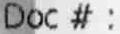
DOC # :